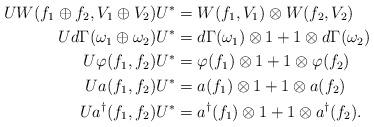
LaTeX: \begin{align*}UW(f_1\oplus f_2,V_1\oplus V_2)U^*&=W(f_1,V_1)\otimes W(f_2,V_2)\\Ud\Gamma (\omega_1\oplus \omega_2)U^*&=d\Gamma (\omega_1)\otimes 1 +1\otimes d\Gamma ( \omega_2)\\U\varphi(f_1,f_2)U^*&=\varphi(f_1)\otimes 1+1\otimes \varphi(f_2)\\Ua(f_1,f_2)U^*&=a(f_1)\otimes 1+1\otimes a(f_2)\\Ua^{\dagger}(f_1,f_2)U^*&=a^{\dagger}(f_1)\otimes 1+1\otimes a^{\dagger}(f_2).\end{align*}